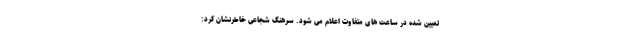
تعیین شده در ساعت های متفاوت اعلام می شود. سرهنگ شجاعی خاطرنشان کرد: